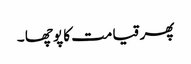
پھر قیامت کا پوچھا ۔